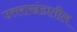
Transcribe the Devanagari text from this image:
उत्तराखंडातील